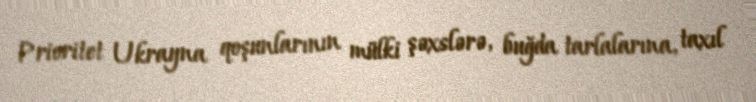
Prioritet Ukrayna qoşunlarının mülki şəxslərə, buğda tarlalarına, taxıl